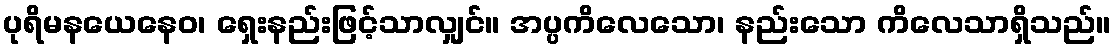
ပုရိမနယေနေဝ၊ ရှေးနည်းဖြင့်သာလျှင်။ အပ္ပကိလေသော၊ နည်းသော ကိလေသာရှိသည်။